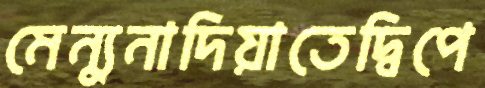
মেন্যুনাদিয়াতেদ্বিপে